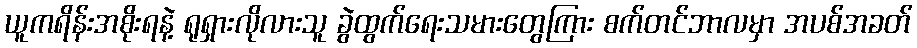
ယူကရိန်းအစိုးရနဲ့ ရုရှားလိုလားသူ ခွဲထွက်ရေးသမားတွေကြား စက်တင်ဘာလမှာ အပစ်အခတ်